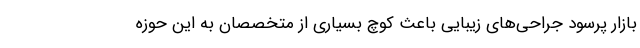
بازار پرسود جراحی‌های زیبایی باعث کوچ بسیاری از متخصصان به این حوزه